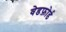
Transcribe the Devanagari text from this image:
वेडफ़ोर्ड